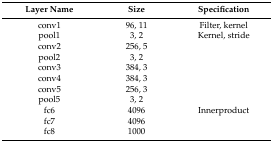
<table><thead><tr><td><b>Layer Name</b></td><td><b>Size</b></td><td><b>Specification</b></td></tr></thead><tbody><tr><td>conv1</td><td>96, 11</td><td>Filter, kernel</td></tr><tr><td>pool1</td><td>3, 2</td><td>Kernel, stride</td></tr><tr><td>conv2</td><td>256, 5</td><td></td></tr><tr><td>pool2</td><td>3, 2</td><td></td></tr><tr><td>conv3</td><td>384, 3</td><td></td></tr><tr><td>conv4</td><td>384, 3</td><td></td></tr><tr><td>conv5</td><td>256, 3</td><td></td></tr><tr><td>pool5</td><td>3, 2</td><td></td></tr><tr><td>fc6</td><td>4096</td><td>Innerproduct</td></tr><tr><td>fc7</td><td>4096</td><td></td></tr><tr><td>fc8</td><td>1000</td><td></td></tr></tbody></table>